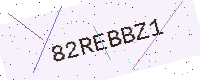
Text: 82REBBZ1